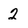
Character: 2